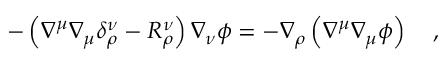
- \left( \nabla ^ { \mu } \nabla _ { \mu } \delta _ { \rho } ^ { \nu } - R _ { \rho } ^ { \nu } \right) \nabla _ { \nu } \phi = - \nabla _ { \rho } \left( \nabla ^ { \mu } \nabla _ { \mu } \phi \right) ~ ~ ~ ,